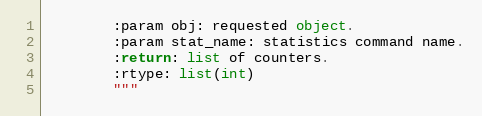
Language: Python
        :param obj: requested object.
        :param stat_name: statistics command name.
        :return: list of counters.
        :rtype: list(int)
        """